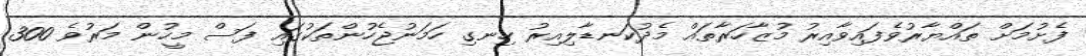
ފެށުމަށް ތައްޔާރުވެފައިވާއިރު މުޒާހަރާތައް މެދުކަނޑާލިއިރު ހިނގި ހަމަނުޖެހުންތަކުގައި ފަސް މީހުން މަރުވެ 300